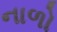
નાળો